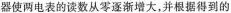
器使两电表的读数从零逐渐增大，并根据得到的